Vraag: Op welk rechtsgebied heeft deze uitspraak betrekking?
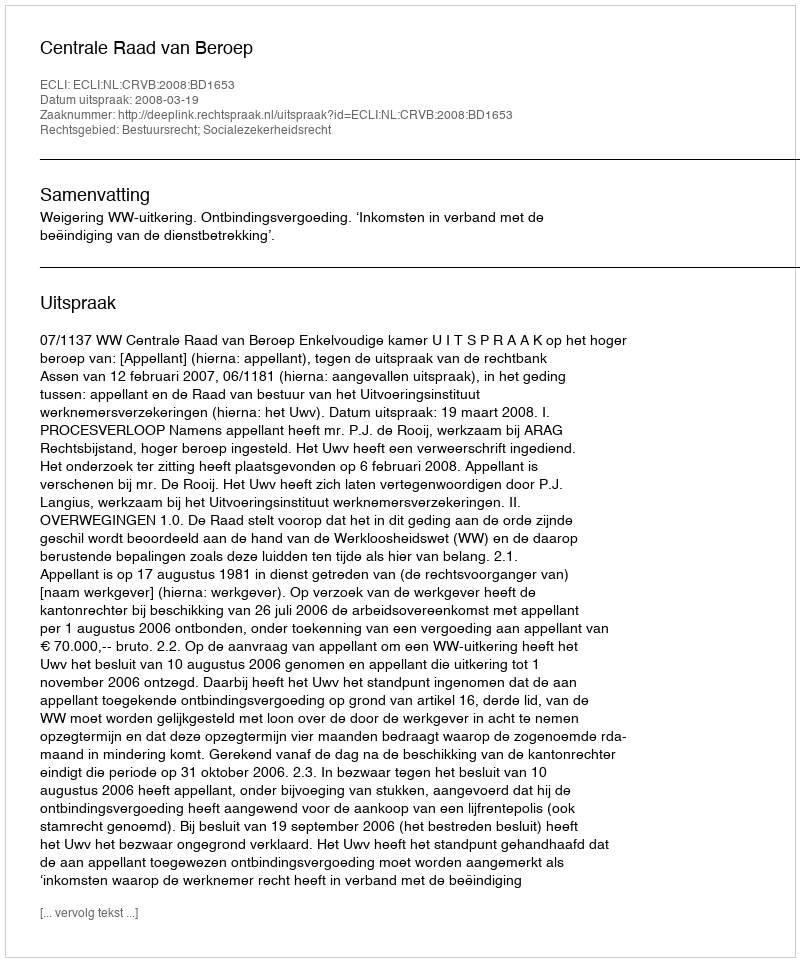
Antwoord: Bestuursrecht; Socialezekerheidsrecht